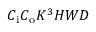
C _ { \mathrm { i } } C _ { \mathrm { o } } K ^ { 3 } H W D